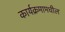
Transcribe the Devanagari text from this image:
कार्यक्रमामधील